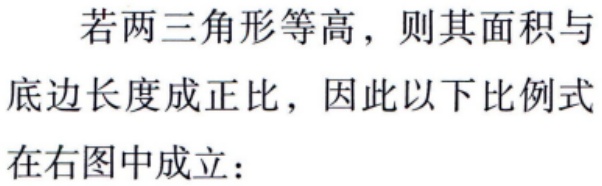
若两三角形等高，则其面积与
底边长度成正比，因此以下比例式
在右图中成立：